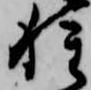
種